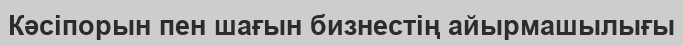
Кәсіпорын пен шағын бизнестің айырмашылығы